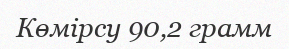
Көмірсу 90,2 грамм